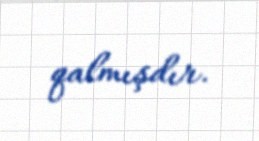
qalmışdır.